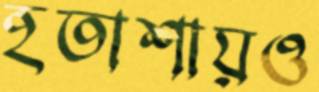
হতাশায়ও